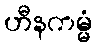
ဟီနကမ္မံ